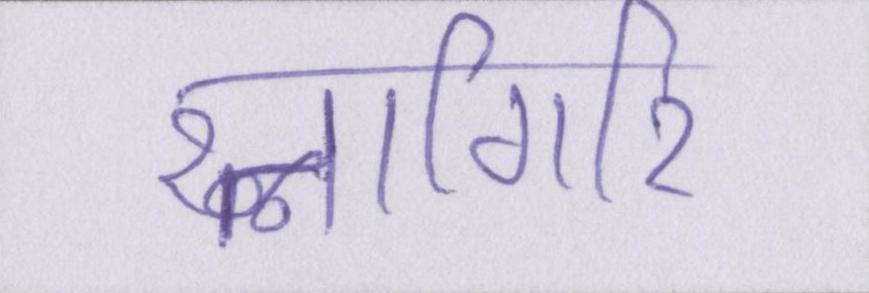
रत्नागिरि